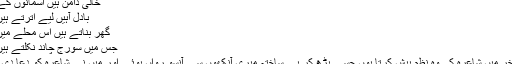
خالی دامن ہیں آسمانوں کے
بادل آہیں لیے اترتے ہیں
گھر بناتے ہیں اس محلے میں
جس میں سورج چاند نکلتے ہیں
آخر میں شاعرہ کی وہ نظم پیش کرتا ہوں جسے پڑھ کر بے ساختہ میری آنکھوں سے آنسو رواں ہوئے اور میں نے شاعرہ کو دعا دی ۔